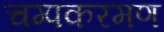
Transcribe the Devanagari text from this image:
चम्पकरमण